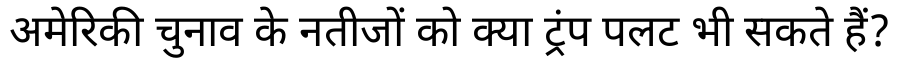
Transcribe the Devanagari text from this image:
अमेरिकी चुनाव के नतीजों को क्या ट्रंप पलट भी सकते हैं?